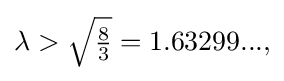
{\textstyle \lambda >{\sqrt {\frac {8}{3}}}=1.63299...,}